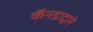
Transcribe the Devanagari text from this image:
कॅनडाद्वारे